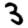
Digit: 3